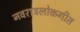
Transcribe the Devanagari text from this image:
नवरात्रलोकगीत